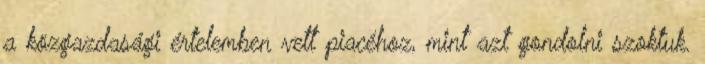
a közgazdasági értelemben vett piacéhoz, mint azt gondolni szoktuk.